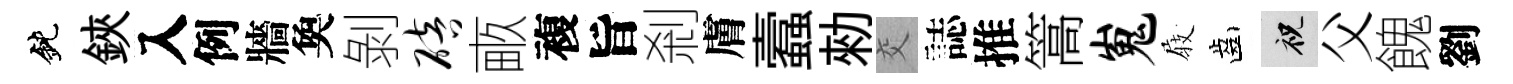
鈍鋏入例牆奐剝碚畞複旨剎膚蠧勑交誌推篙嵬𡲆齒祝父餽劉